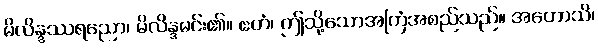
မိလိန္ဒဿရညော၊ မိလိန္ဒမင်း၏။ ဧတံ၊ ဤသို့သောအကြံအစည်သည်။ အဟောသိ၊